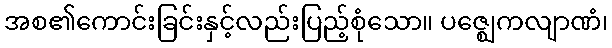
အစ၏ကောင်းခြင်းနှင့်လည်းပြည့်စုံသော။ ပဇ္ဈေကလျာဏံ၊